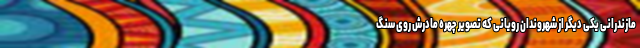
مازندرانی یکی دیگر از شهروندان رویانی که تصویر چهره مادرش روی سنگ